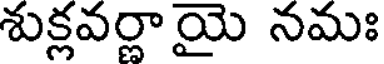
శుక్లవర్ణాయై నమః